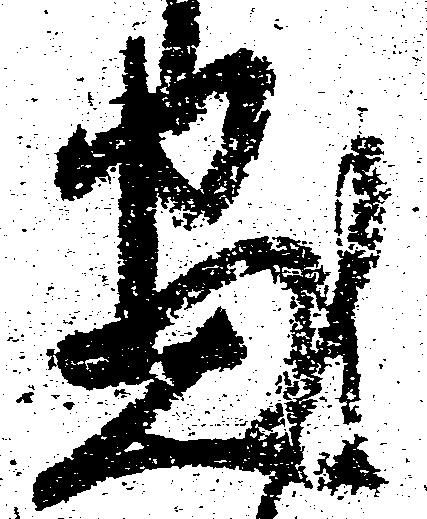
尽